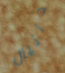
دانيال